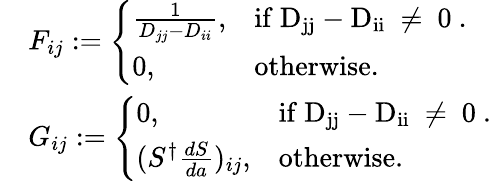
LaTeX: \begin{array}{rl}&{F_{ij}:=\left\{ \begin{array}{ll}{\frac{1}{D_{jj}-D_{ii}},}&{\mathrm{if~D_{jj}-D_{ii}~\neq~0~}.}\\ {0,}&{\mathrm{otherwise}.}\end{array}\right.}\\ &{G_{ij}:=\left\{ \begin{array}{ll}{0,}&{\mathrm{if~D_{jj}-D_{ii}~\neq~0~}.}\\ {(S^{\dagger}\frac{dS}{da})_{ij},}&{\mathrm{otherwise}.}\end{array}\right.}\end{array}